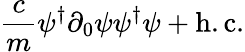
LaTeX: {\frac{c}{m}}\psi^{\dagger}{\partial_{0}}\psi\psi^{\dagger}\psi+\mathrm{h.c.}